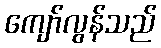
ကျော်လွန်သည်